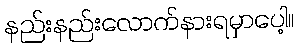
နည်းနည်းလောက်နားရမှာပေါ့။